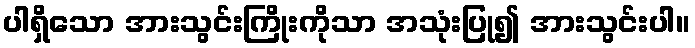
ပါရှိသော အားသွင်းကြိုးကိုသာ အသုံးပြု၍ အားသွင်းပါ။